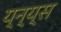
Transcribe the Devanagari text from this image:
य्न्य्स